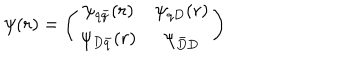
\psi ( r ) = \left( \begin{array} { c c } { { \psi _ { q \bar { q } } ( r ) } } & { { \psi _ { q D } ( r ) } } \\ { { \psi _ { D \bar { q } } ( r ) } } & { { \psi _ { \bar { D } D } } } \\ \end{array} \right)